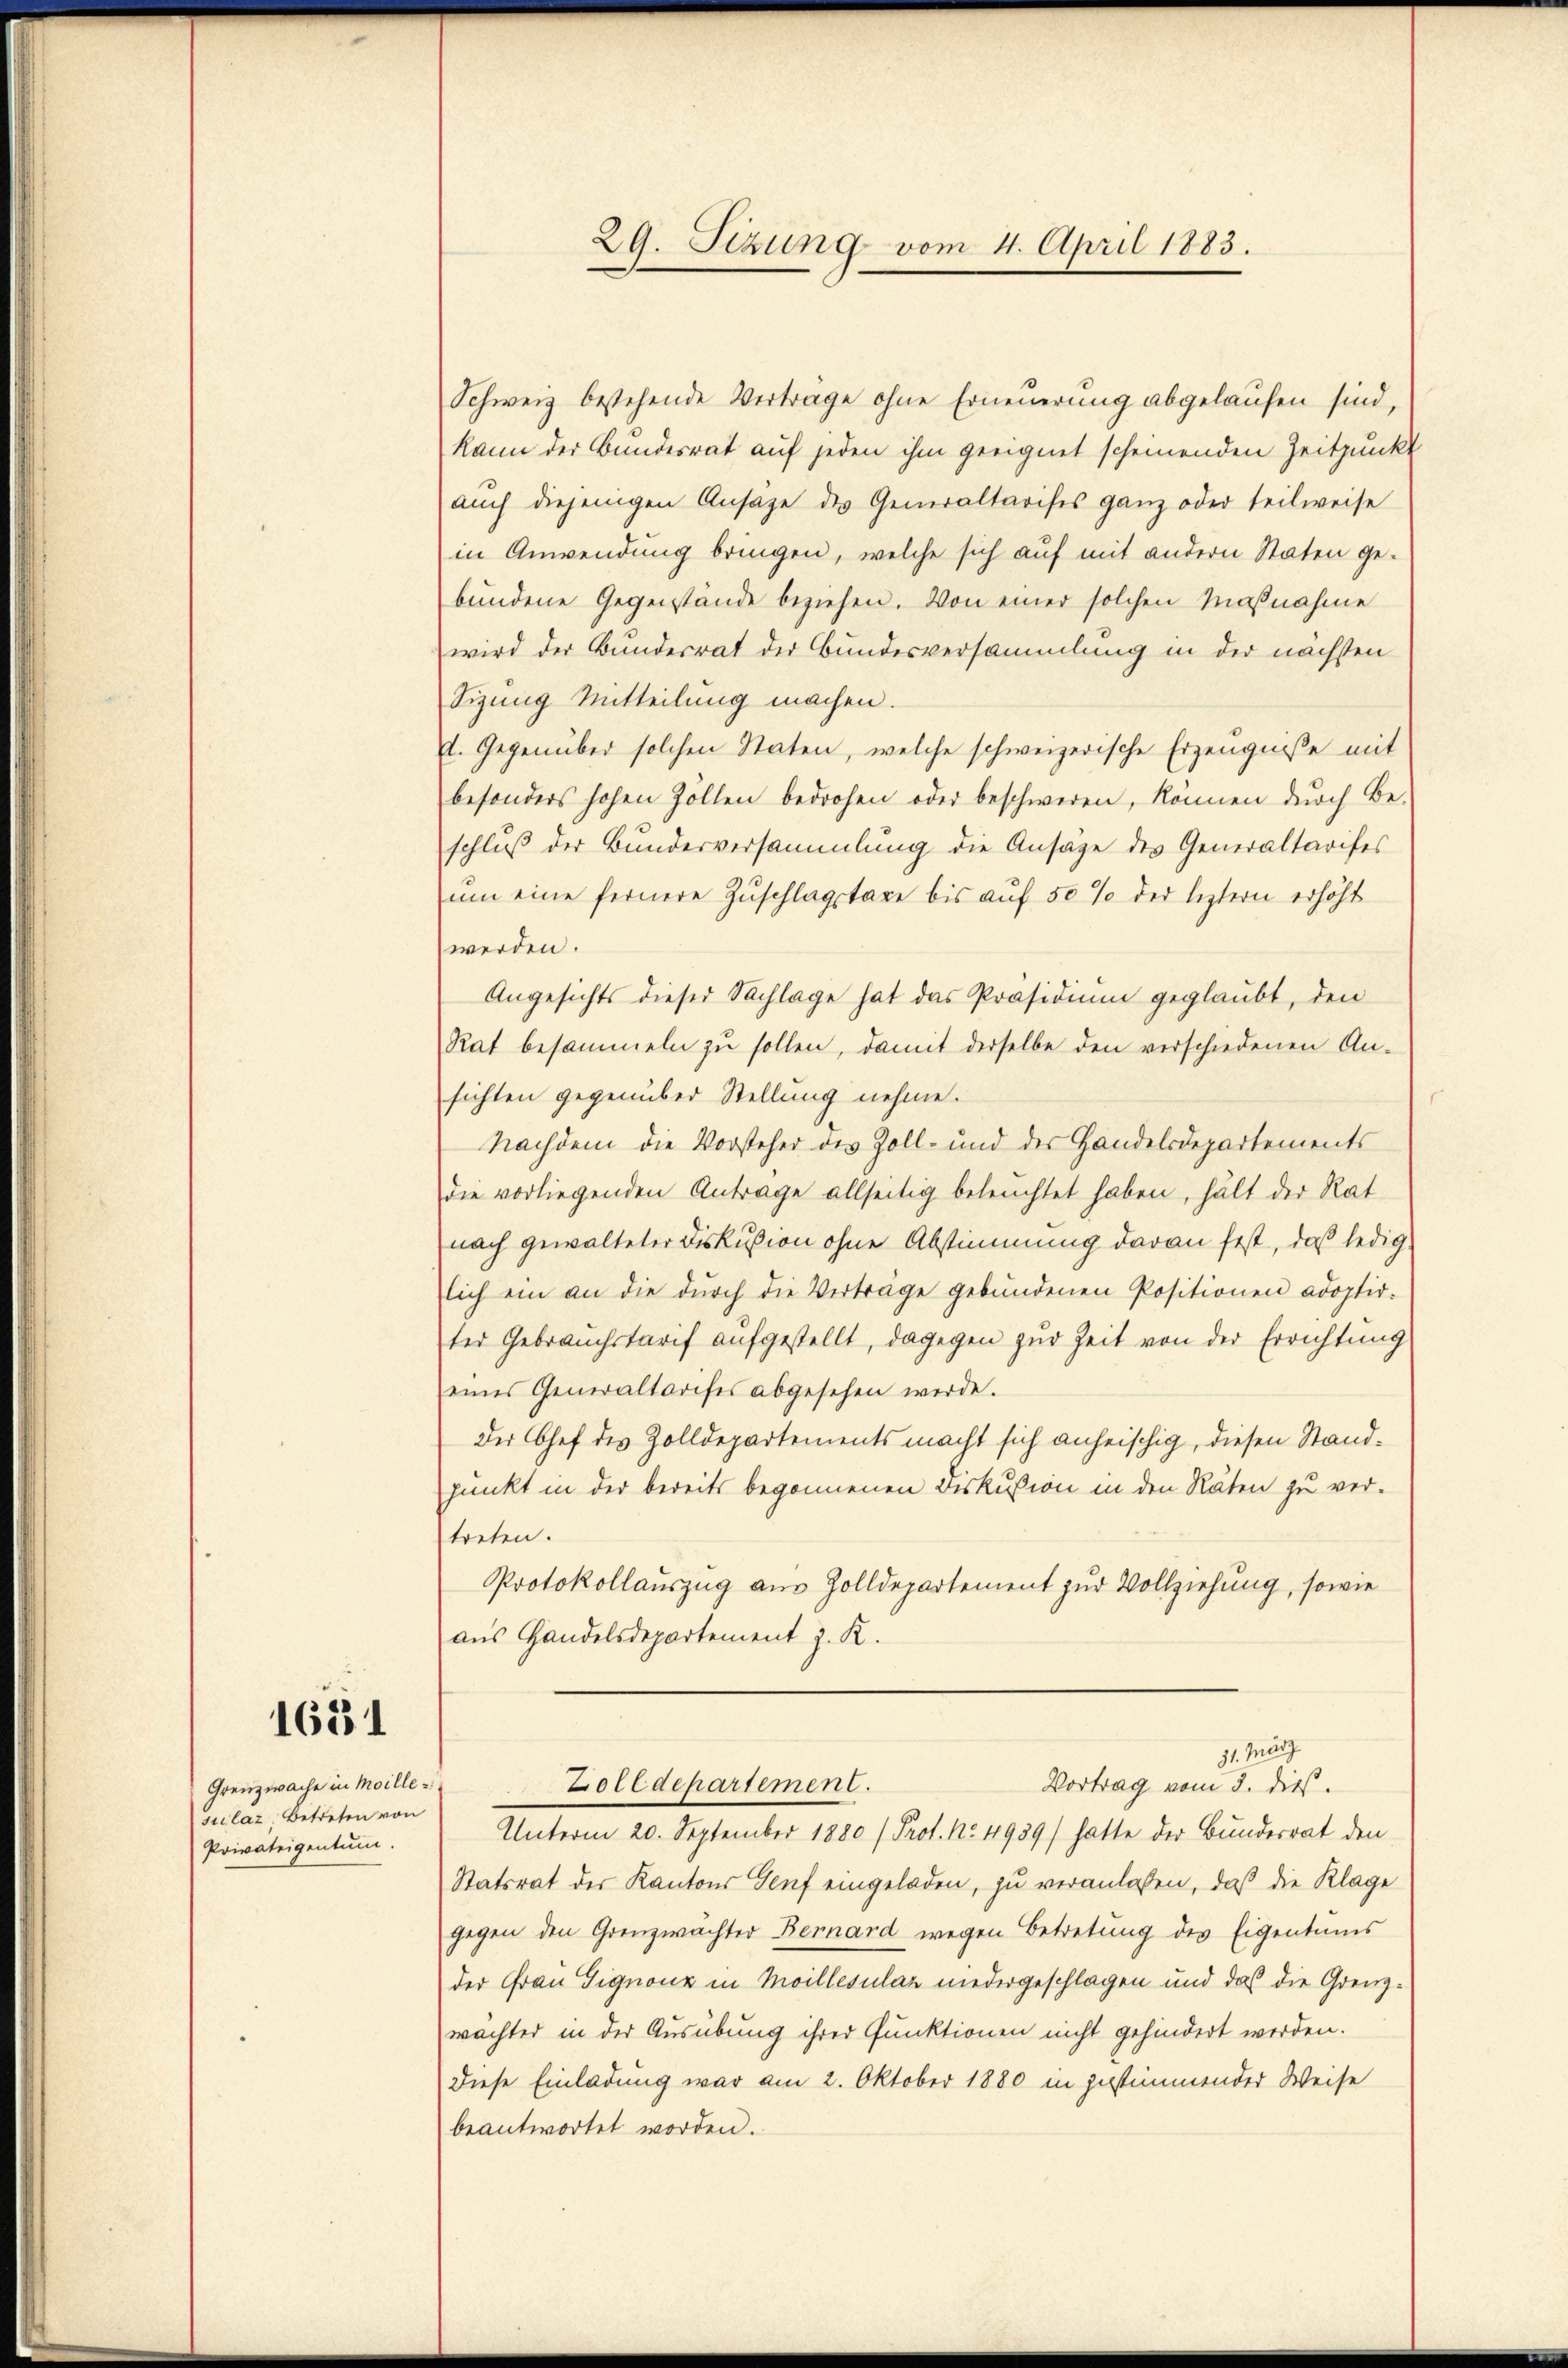
1631

Grenzwache in Moillesulaz, Betreten von
Privateigentum.

29. Sizung vom 4. April 1883.

Schweiz bestehende Verträge ohne Erneuerung abgelaufen sind,
kann der Bundesrat auf jeden ihm geeignet scheinenden Zeitpunkt
aŭch diejenigen Ansage des Generaltarises ganz oder teilweise
in Anwendung bringen, welche sich auf mit andern Staten gebundene Gegenstände beziehen. Von einer solchen Maßnahme
wird der Bunderrat der Bundesversammlung in der nächsten
Sizung Mitteilung machen.
d. Gegenüber solchen Staten, welche schweizerische Erzeugniße mit
besonders hohen Zollen bedrohen oder beschweren, können durch Be-
schluß der Bundesversammlung die Ansäge des Generaltarifes
um eine fernere Zuschlagstaxe bis auf 50 % der leztern erhöht
werden.
Angesichts dieser Sachlage hat das Präsidium geglaubt, den
Rat besammeln zŭ sollen, damit derselbe den verschiedenen An-
sichten gegenüber Stellung nehme.
Nachdem die Vorsteher des Zoll- und der Handelsdepartements
die vorliegenden Antrage allseitig beleuchtet haben, hält der Rat
nach gewalteter Diskußion ohne Abstimmung daran fest, daß ledig
lich ein an die dŭrch die Vertrage gebŭndenen Positionen adoptir-
ter Gebrauchstarif aufgestellt, dagegen zur Zeit von der Errichtung
eines Generaltarifes abgesehen werde.
Der Chef des Zolldepartements macht sich anheischig, diesen Standpunkt in der bereits begonnenen Biskussion in den Räten zu ver-
treten.
Protokollauszug aus Zolldepartement zur Vollziehung, sowie
aus Handelsdepartement z. K.
31. März
Zolldepartement.
Vortrag vom 3. dieß.
Unterm 20. September 1880 (Prof. No. 4939) hatte der Bundesrat den
Statsrat der Kantons Genf eingeladen, zu veranlassen, daß die Klage
gegen den Grenzwächter Bernard wegen Betretung des Eigentums
der Frau Gignone in Moillesulan niedergeschlagen und das die Grenzwachter in der Ausübung ihrer Funktionen nicht gehindert werden.
Diese Einladung war am 2. Oktober 1880 in zustimmender Weise
beantwortet worden.